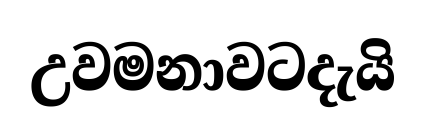
උවමනාවටදැයි